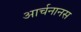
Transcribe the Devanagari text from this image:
आर्चनानस